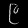
Digit: ၉